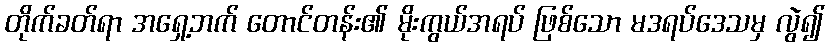
တိုက်ခတ်ရာ အရှေ့ဘက် တောင်တန်း၏ မိုးကွယ်အရပ် ဖြစ်သော မဒရပ်ဒေသမှ လွဲ၍